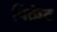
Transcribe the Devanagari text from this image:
पिक्रेट